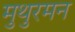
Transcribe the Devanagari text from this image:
मुथुरमन